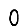
Digit: 0